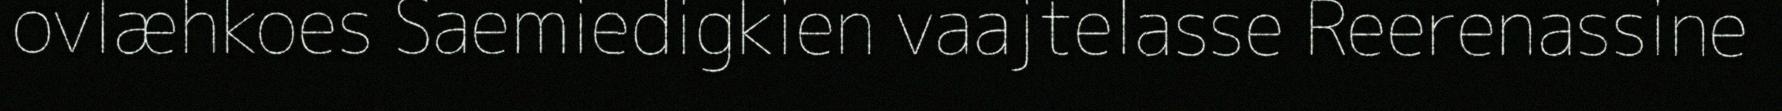
ovlæhkoes Saemiedigkien vaajtelasse Reerenassine